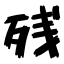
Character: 残